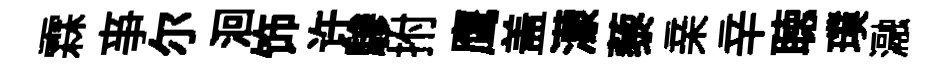
霖亊尓洄饰许驂拊鹰盖濛藜亲辛聴璞瀜